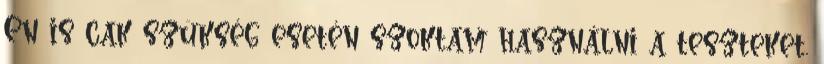
En is cak szükség esetén szoktam használni a teszteket.